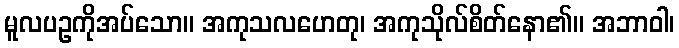
မူလပဥကိုအပ်သော။ အကုသလဟေတု၊ အကုသိုလ်စိတ်နော၏။ အဘာဝါ၊